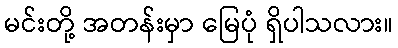
မင်းတို့ အတန်းမှာ မြေပုံ ရှိပါသလား။